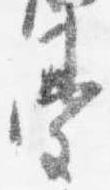
台